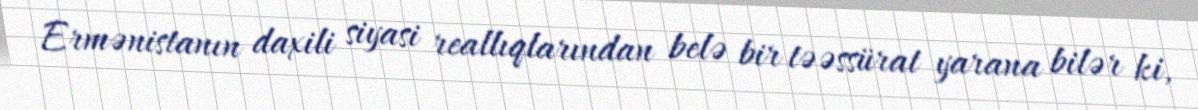
Ermənistanın daxili siyasi reallıqlarından belə bir təəssürat yarana bilər ki,